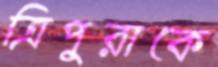
ত্রিপুরাকে